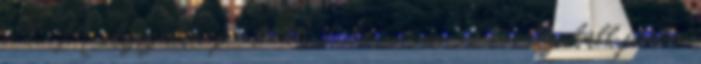
a 7. Molyszülinap, ahol indultam eme csodás legalább finom